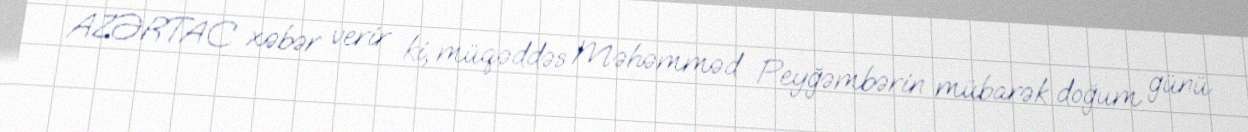
AZƏRTAC xəbər verir ki, müqəddəs Məhəmməd Peyğəmbərin mübarək doğum günü